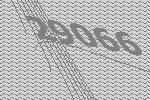
29066